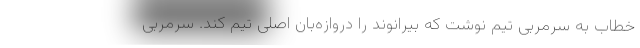
خطاب به سرمربی تیم نوشت که بیرانوند را دروازه‌بان اصلی تیم کند. سرمربی